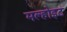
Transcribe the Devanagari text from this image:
मल्होइट